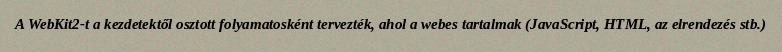
A WebKit2-t a kezdetektől osztott folyamatosként tervezték, ahol a webes tartalmak (JavaScript, HTML, az elrendezés stb.)